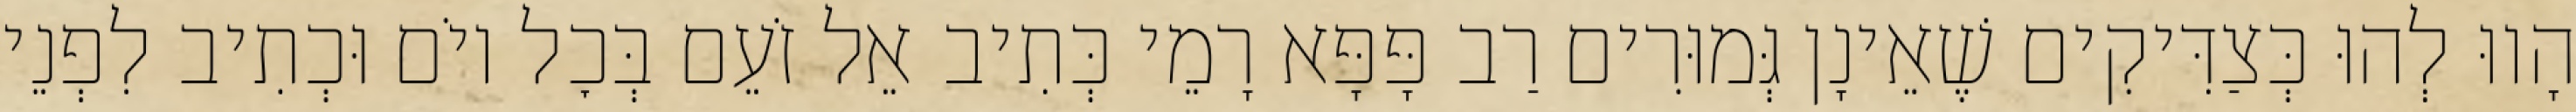
הָווּ לְהוּ כְּצַדִּיקִים שֶׁאֵינָן גְּמוּרִים רַב פָּפָּא רָמֵי כְּתִיב אֵל זֹעֵם בְּכׇל יוֹם וּכְתִיב לִפְנֵי